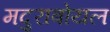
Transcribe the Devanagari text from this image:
मदुराबोयल